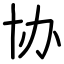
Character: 协